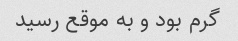
گرم بود و به موقع رسید